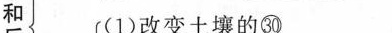
和 (1)改变土壤的㉚____